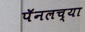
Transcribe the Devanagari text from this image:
पॅनलच्या